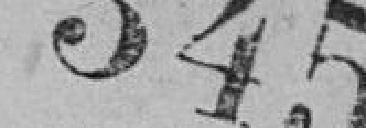
345